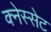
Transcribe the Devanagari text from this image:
क्नेस्सेट